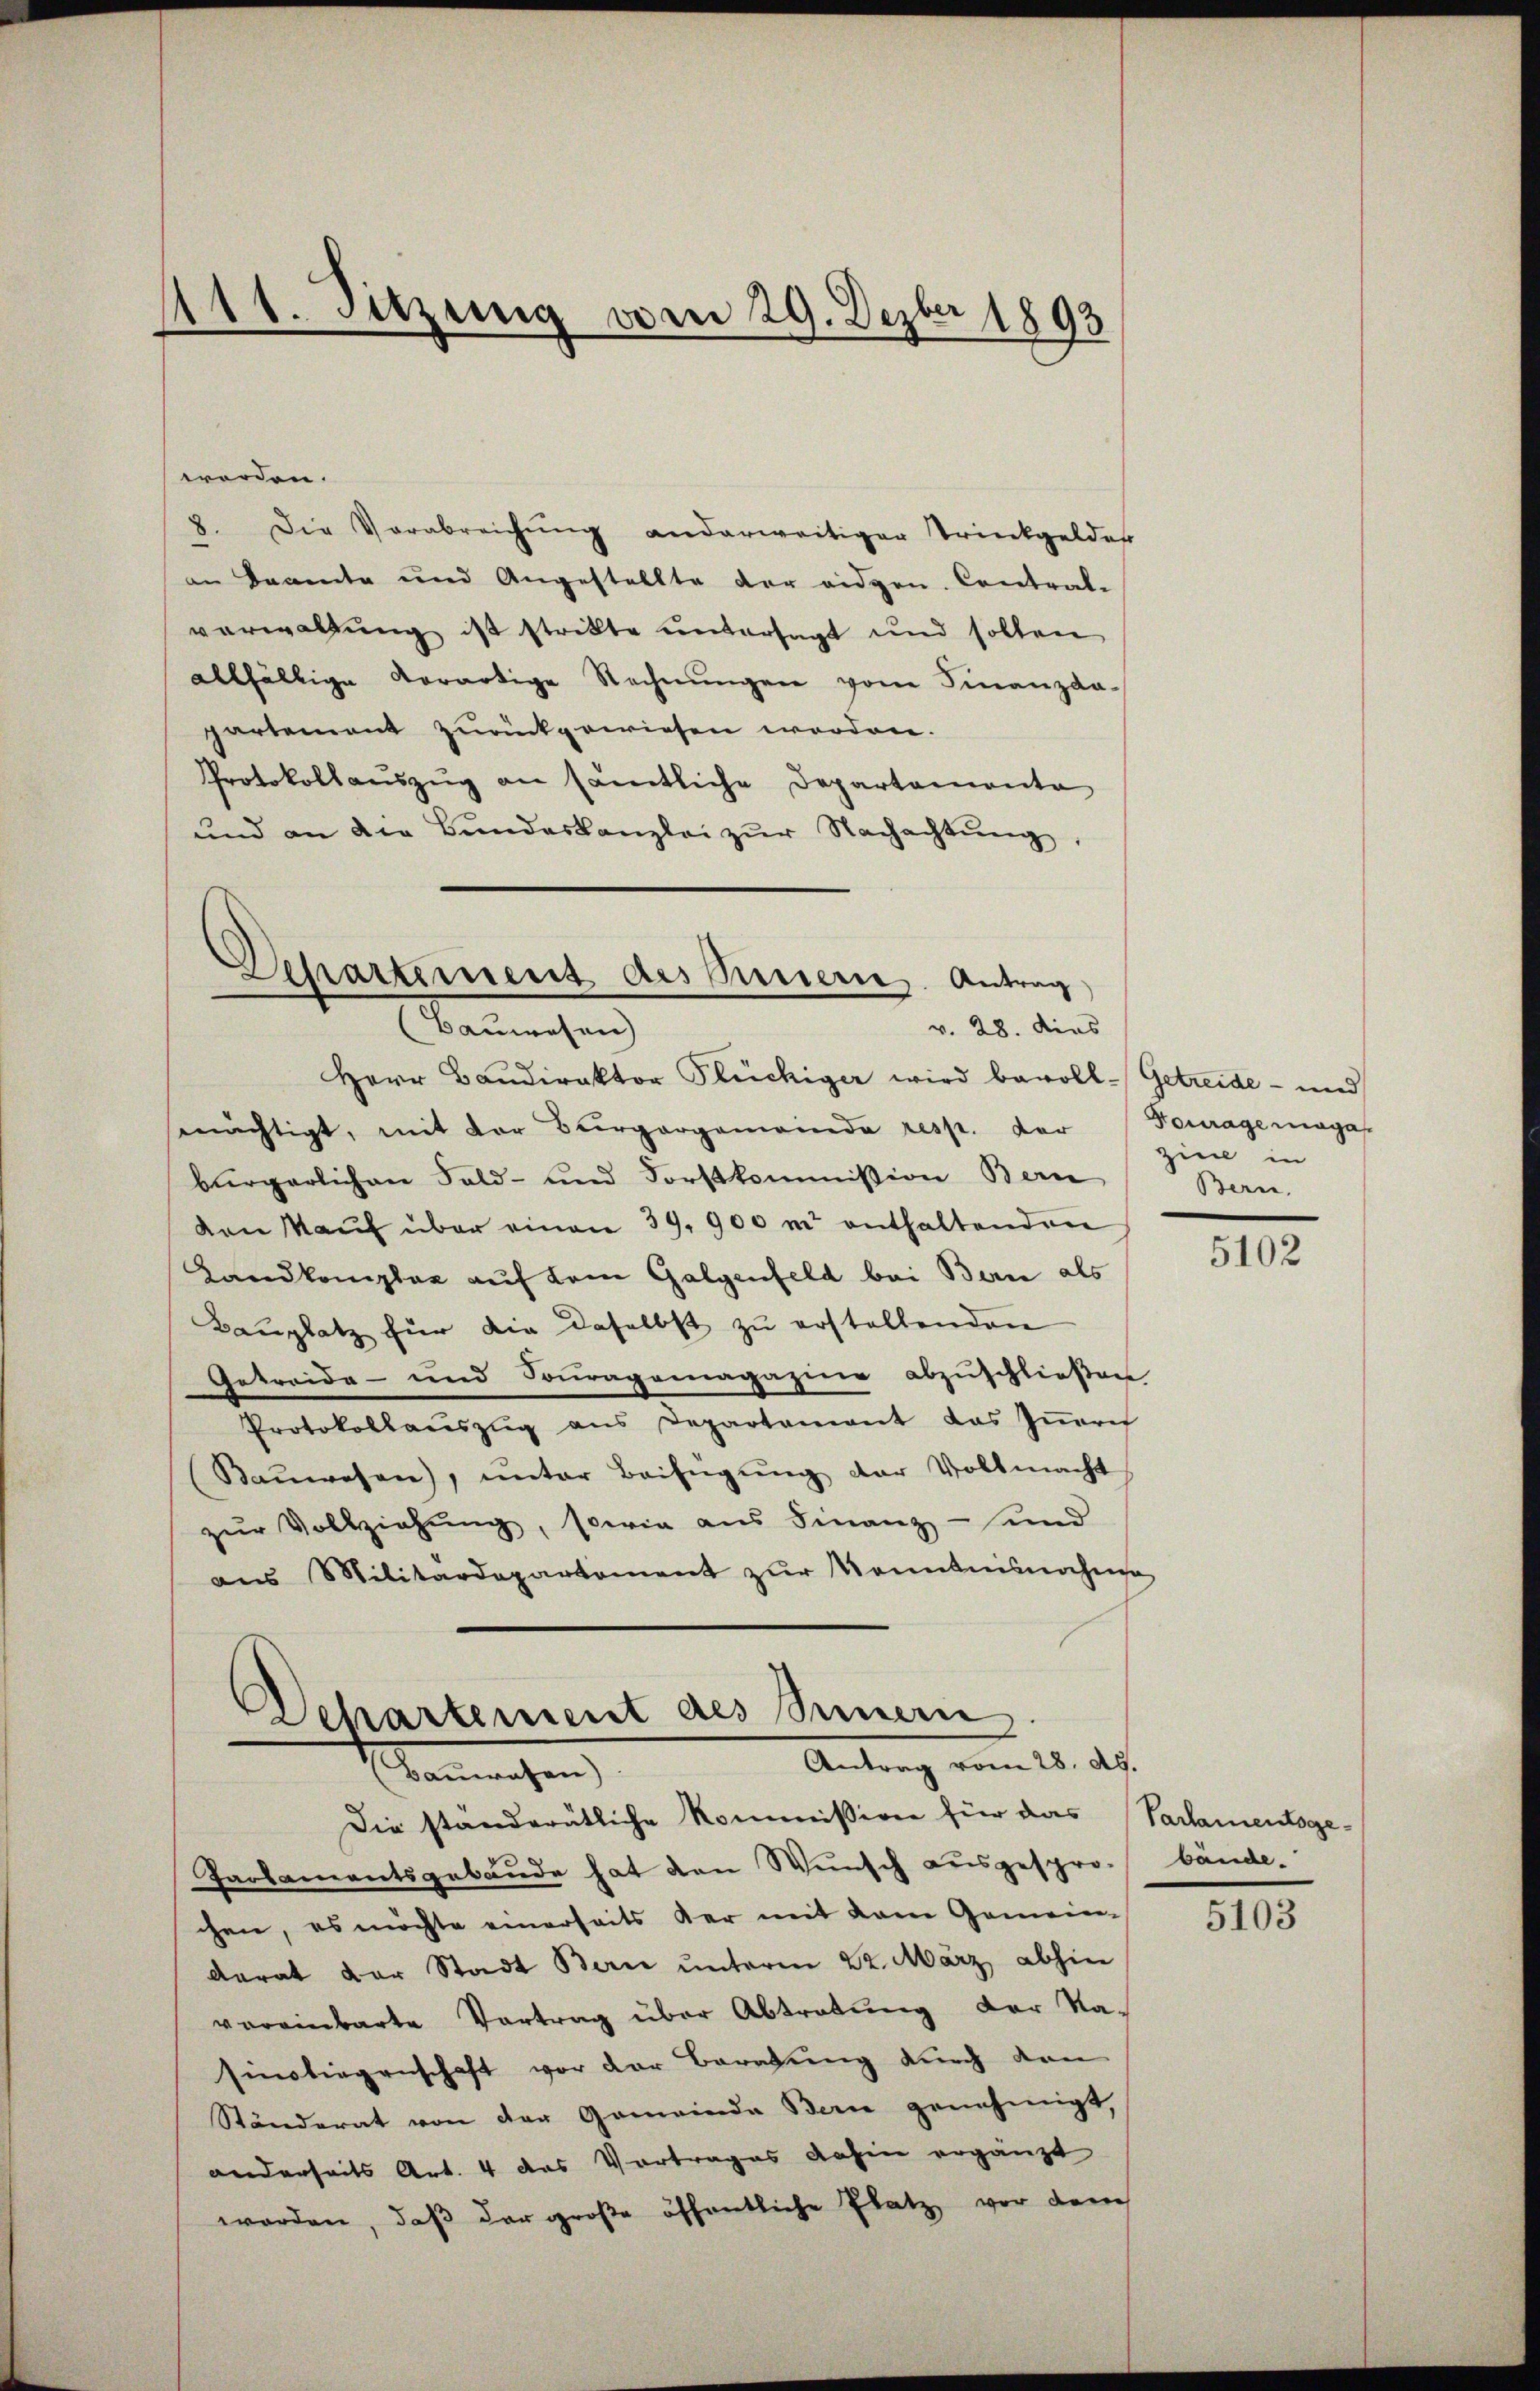
111. Setzung vom 29. Dezbr 1893

worden.
8. Die Verabreichŭng anderweitiger Trinkgelder
an Beamte und Angestellte der eidgen. Contral-
verwaltung ist strikte untersagt und sollen
allfällige Verartige Rechnŭngen vom Finanzda-
partement zurückgewiesen worden.
Protokollauszug an sämtliche Departemente
und an die Bŭndeskanzlei zŭr Nachachtŭng,
Herr Baŭdirektor Glückiger wird bevoll-Getreide- und
mächtigt, mit der Bierpargemeinde resp. der Fourage maga
bürgerlichen Fald- und Forstkommission Bern
ven Kaŭf über einen 39. 900 m enthaltenden
Landkomplar auf dem Galgenfeld bei Bern als
Bauplatz für die daselbst zu erstellenden
Getreide - und Fouragemagazine abzuschließen
Protokollauszug aus Departement das Innern
Baŭwesen), ŭnter Beifügŭng der Vollmacht
zŭr Vollziehŭng, sowie aus Finanz- und
aus Militärdepartement zŭr Kenntnisnahme
Dehartement des Innern

Departement des Brenne. Antrag
(Bauwesen
v. 28. dies

Antrag vom 28. A.
Gemachen

Die standerätliche Kommission für das Parlamentsge-
Paobamentsgebäude hat den Wunsch ausgespro-
chen, es möchte einerseits der mit kam Gemeinderat der Stadt Bern unterm 22. März abhin
vereinbarte Vortrag über Abtretung der Na-
Einliegenschaft vor der Beratung durch dan
Ständerat von der Gemeinde Bern genehmigt,
anderseits Art. 4 das Vortrages dahin ergänzt
worden, daß der große öffentliche Platz, vor dem

zine in
Bern,

5102

bände.

5103